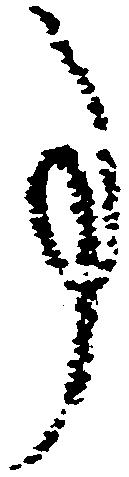
事